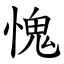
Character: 愧